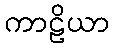
ကာဠိယာ